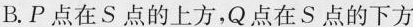
B.P点在S点的上方，Q点在S点的下方